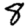
Digit: 8